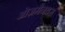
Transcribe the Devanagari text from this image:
ओज़मैनथस